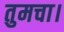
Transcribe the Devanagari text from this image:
तुमचा।